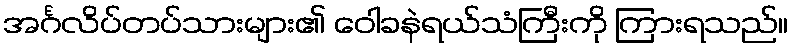
အင်္ဂလိပ်တပ်သားများ၏ ဝေါခနဲရယ်သံကြီးကို ကြားရသည်။